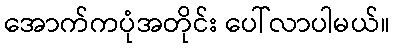
အောက်ကပုံအတိုင်း ပေါ်လာပါမယ်။